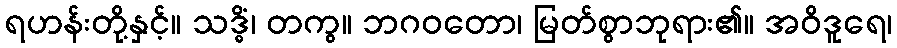
ရဟန်းတို့နှင့်။ သဒ္ဓိံ၊ တကွ။ ဘဂဝတော၊ မြတ်စွာဘုရား၏။ အဝိဒူရေ၊